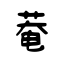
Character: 菴